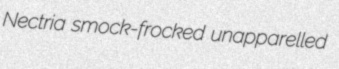
Nectria smock-frocked unapparelled